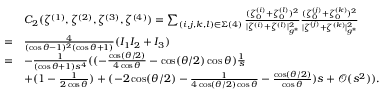
\begin{array} { r l } & { C _ { 2 } ( \zeta ^ { ( 1 ) } , \zeta ^ { ( 2 ) } , \zeta ^ { ( 3 ) } , \zeta ^ { ( 4 ) } ) = \sum _ { ( i , j , k , l ) \in \Sigma ( 4 ) } \frac { ( \zeta _ { 0 } ^ { ( i ) } + \zeta _ { 0 } ^ { ( l ) } ) ^ { 2 } } { | { \zeta ^ { ( i ) } } + { \zeta ^ { ( l ) } } | _ { g ^ { * } } ^ { 2 } } \frac { ( \zeta _ { 0 } ^ { ( j ) } + \zeta _ { 0 } ^ { ( k ) } ) ^ { 2 } } { | \zeta ^ { ( j ) } + \zeta ^ { ( k ) } | _ { g ^ { * } } ^ { 2 } } } \\ { = } & { \frac { 4 } { ( \cos \theta - 1 ) ^ { 2 } ( \cos \theta + 1 ) } ( I _ { 1 } I _ { 2 } + I _ { 3 } ) } \\ { = } & { - \frac { 1 } { ( \cos \theta + 1 ) s ^ { 4 } } ( ( - \frac { \cos ( { \theta } / { 2 } ) } { 4 \cos \theta } - \cos ( { \theta } / { 2 } ) \cos \theta ) \frac { 1 } { s } } \\ & { + ( 1 - \frac { 1 } { 2 \cos \theta } ) + ( - 2 \cos ( { \theta } / { 2 } ) - \frac { 1 } { 4 \cos ( { \theta } / { 2 } ) \cos \theta } - \frac { \cos ( { \theta } / { 2 } ) } { \cos \theta } ) s + \mathcal { O } ( s ^ { 2 } ) ) . } \end{array}